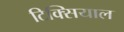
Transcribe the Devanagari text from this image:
टिक्सियाल